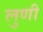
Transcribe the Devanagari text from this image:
लुणी